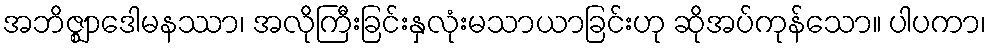
အဘိဇ္ဈာဒေါမနဿာ၊ အလိုကြီးခြင်းနှလုံးမသာယာခြင်းဟု ဆိုအပ်ကုန်သော။ ပါပကာ၊